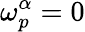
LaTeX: \omega_{p}^{\alpha}=0